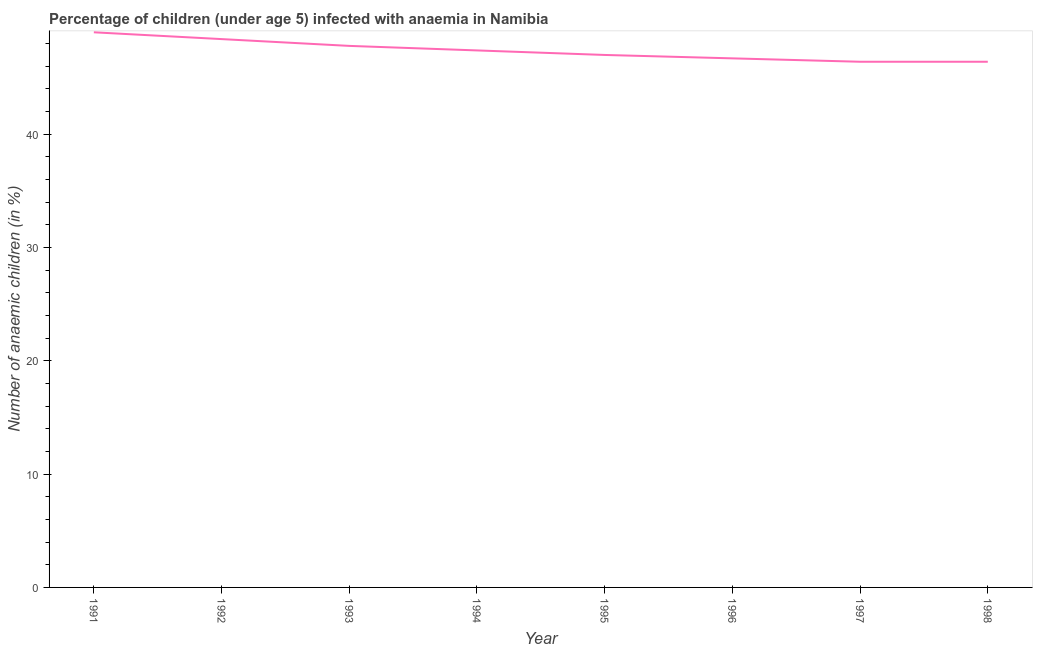
| Year | Prevalence of anemia among children |
 | --- | --- |
 | 1991 | 49 |
 | 1992 | 48.4 |
 | 1993 | 47.8 |
 | 1994 | 47.4 |
 | 1995 | 47 |
 | 1996 | 46.7 |
 | 1997 | 46.4 |
 | 1998 | 46.4 |